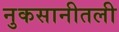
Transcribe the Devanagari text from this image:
नुकसानीतली